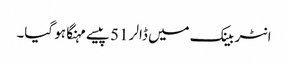
انٹر بینک میں ڈالر 51 پیسے مہنگا ہو گیا۔